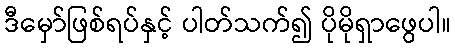
ဒီမှော်ဖြစ်ရပ်နှင့် ပါတ်သက်၍ ပိုမိုရှာဖွေပါ။